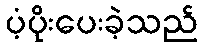
ပံ့ပိုးပေးခဲ့သည်